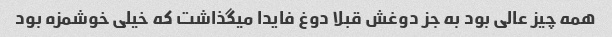
همه چیز عالی بود به جز دوغش قبلا دوغ فایدا میگذاشت که خیلی خوشمزه بود